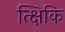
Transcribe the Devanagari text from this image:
त्क्षिकि